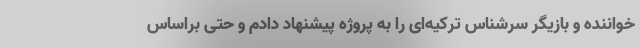
خواننده و بازیگر سرشناس ترکیه‌ای را به پروژه پیشنهاد دادم و حتی براساس